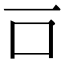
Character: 𠮛